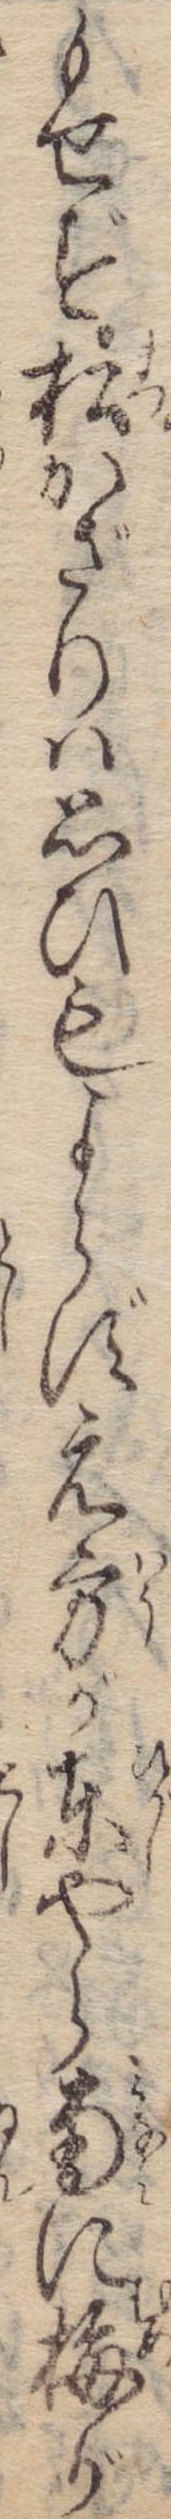
もせず松かざりは思ひもよらずえ方が東やら南に梅が